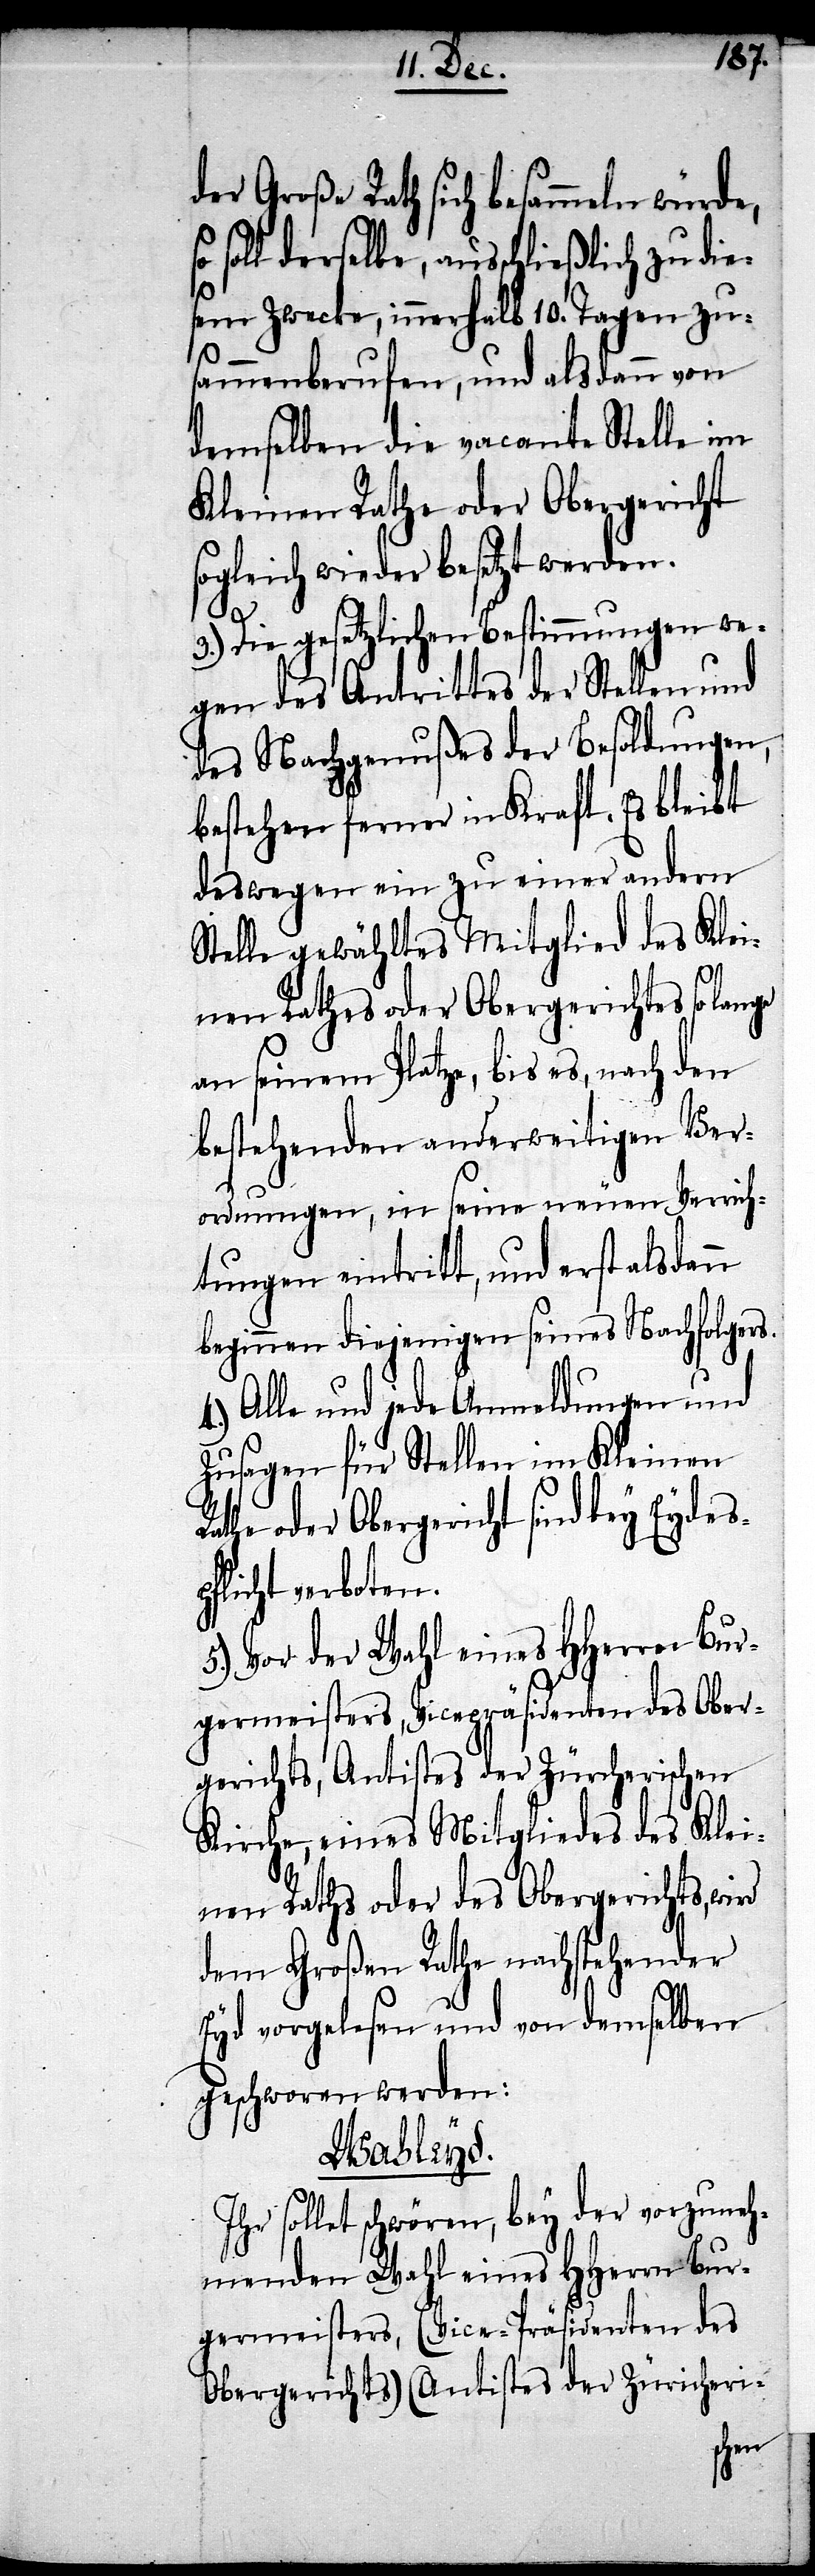
der Große Rath sich besammeln würde,
soll derselbe, ausschließlich zu die¬
sem Zwecke, innerhalb 10. Tagen zu¬
sammenberufen, und alsdann von
demselben die vacante Stelle im
Kleinen Rathe oder Obergericht
sogleich wieder besetzt werden.
3.) Die gesetzlichen Bestimmungen we¬
gen des Antrittes der Stellen und
des Nachgenußes der Besoldungen,
bestehen ferner in Kraft. Es bleibt
deswegen ein zu einer andern
Stelle gewähltes Mitglied des Klei¬
nen Rathes oder Obergerichtes so
an seinem Platze, bis es, nach den
bestehenden anderweitigen Ver¬
ordnungen, in seine neuen Verrich¬
tungen eintritt, und erst alsdann
beginnen diejenigen seines Nachfolgers.
Alle und jede Anmeldungen und
Zusagen für Stellen im Kleinen
Rathe und Obergericht sind bey Eydesp¬
flicht verboten.
5.) Vor der Wahl eines HHerren Bur¬
germeisters, Vicepräsidenten des Ober¬
gerichts, Antistes der Zürcherischen
Kirche, eines Mitgliedes des Klei¬
nen Raths oder des Obergerichts,
dem Großen Rathe nachstehender
Eyd vorgelesen und von demselben
geschworen werden:
Wahleyd.
Ihr sollet schwören, bey der vorzuneh¬
menden Wahl eines HHerrn Bur¬
germeisters, (Vice-Präsidenten des
Obergerichts) (Antistes der Züricheri-